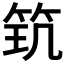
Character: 𥬶